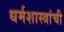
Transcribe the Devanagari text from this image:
धर्मशास्त्रांची